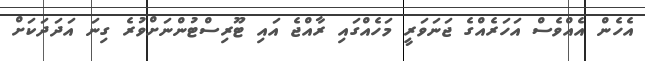
އެހެން އެއްވެސް އަހަރެއްގެ ޖަނަވަރީ މަހެއްގައި ރާއްޖެ އައި ޓޫރިސްޓުންނަށްވުރެ ގިނަ އަދަދަކަށް